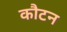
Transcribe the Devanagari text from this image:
कौटन